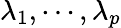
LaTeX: \lambda_{1},\cdots,\lambda_{p}